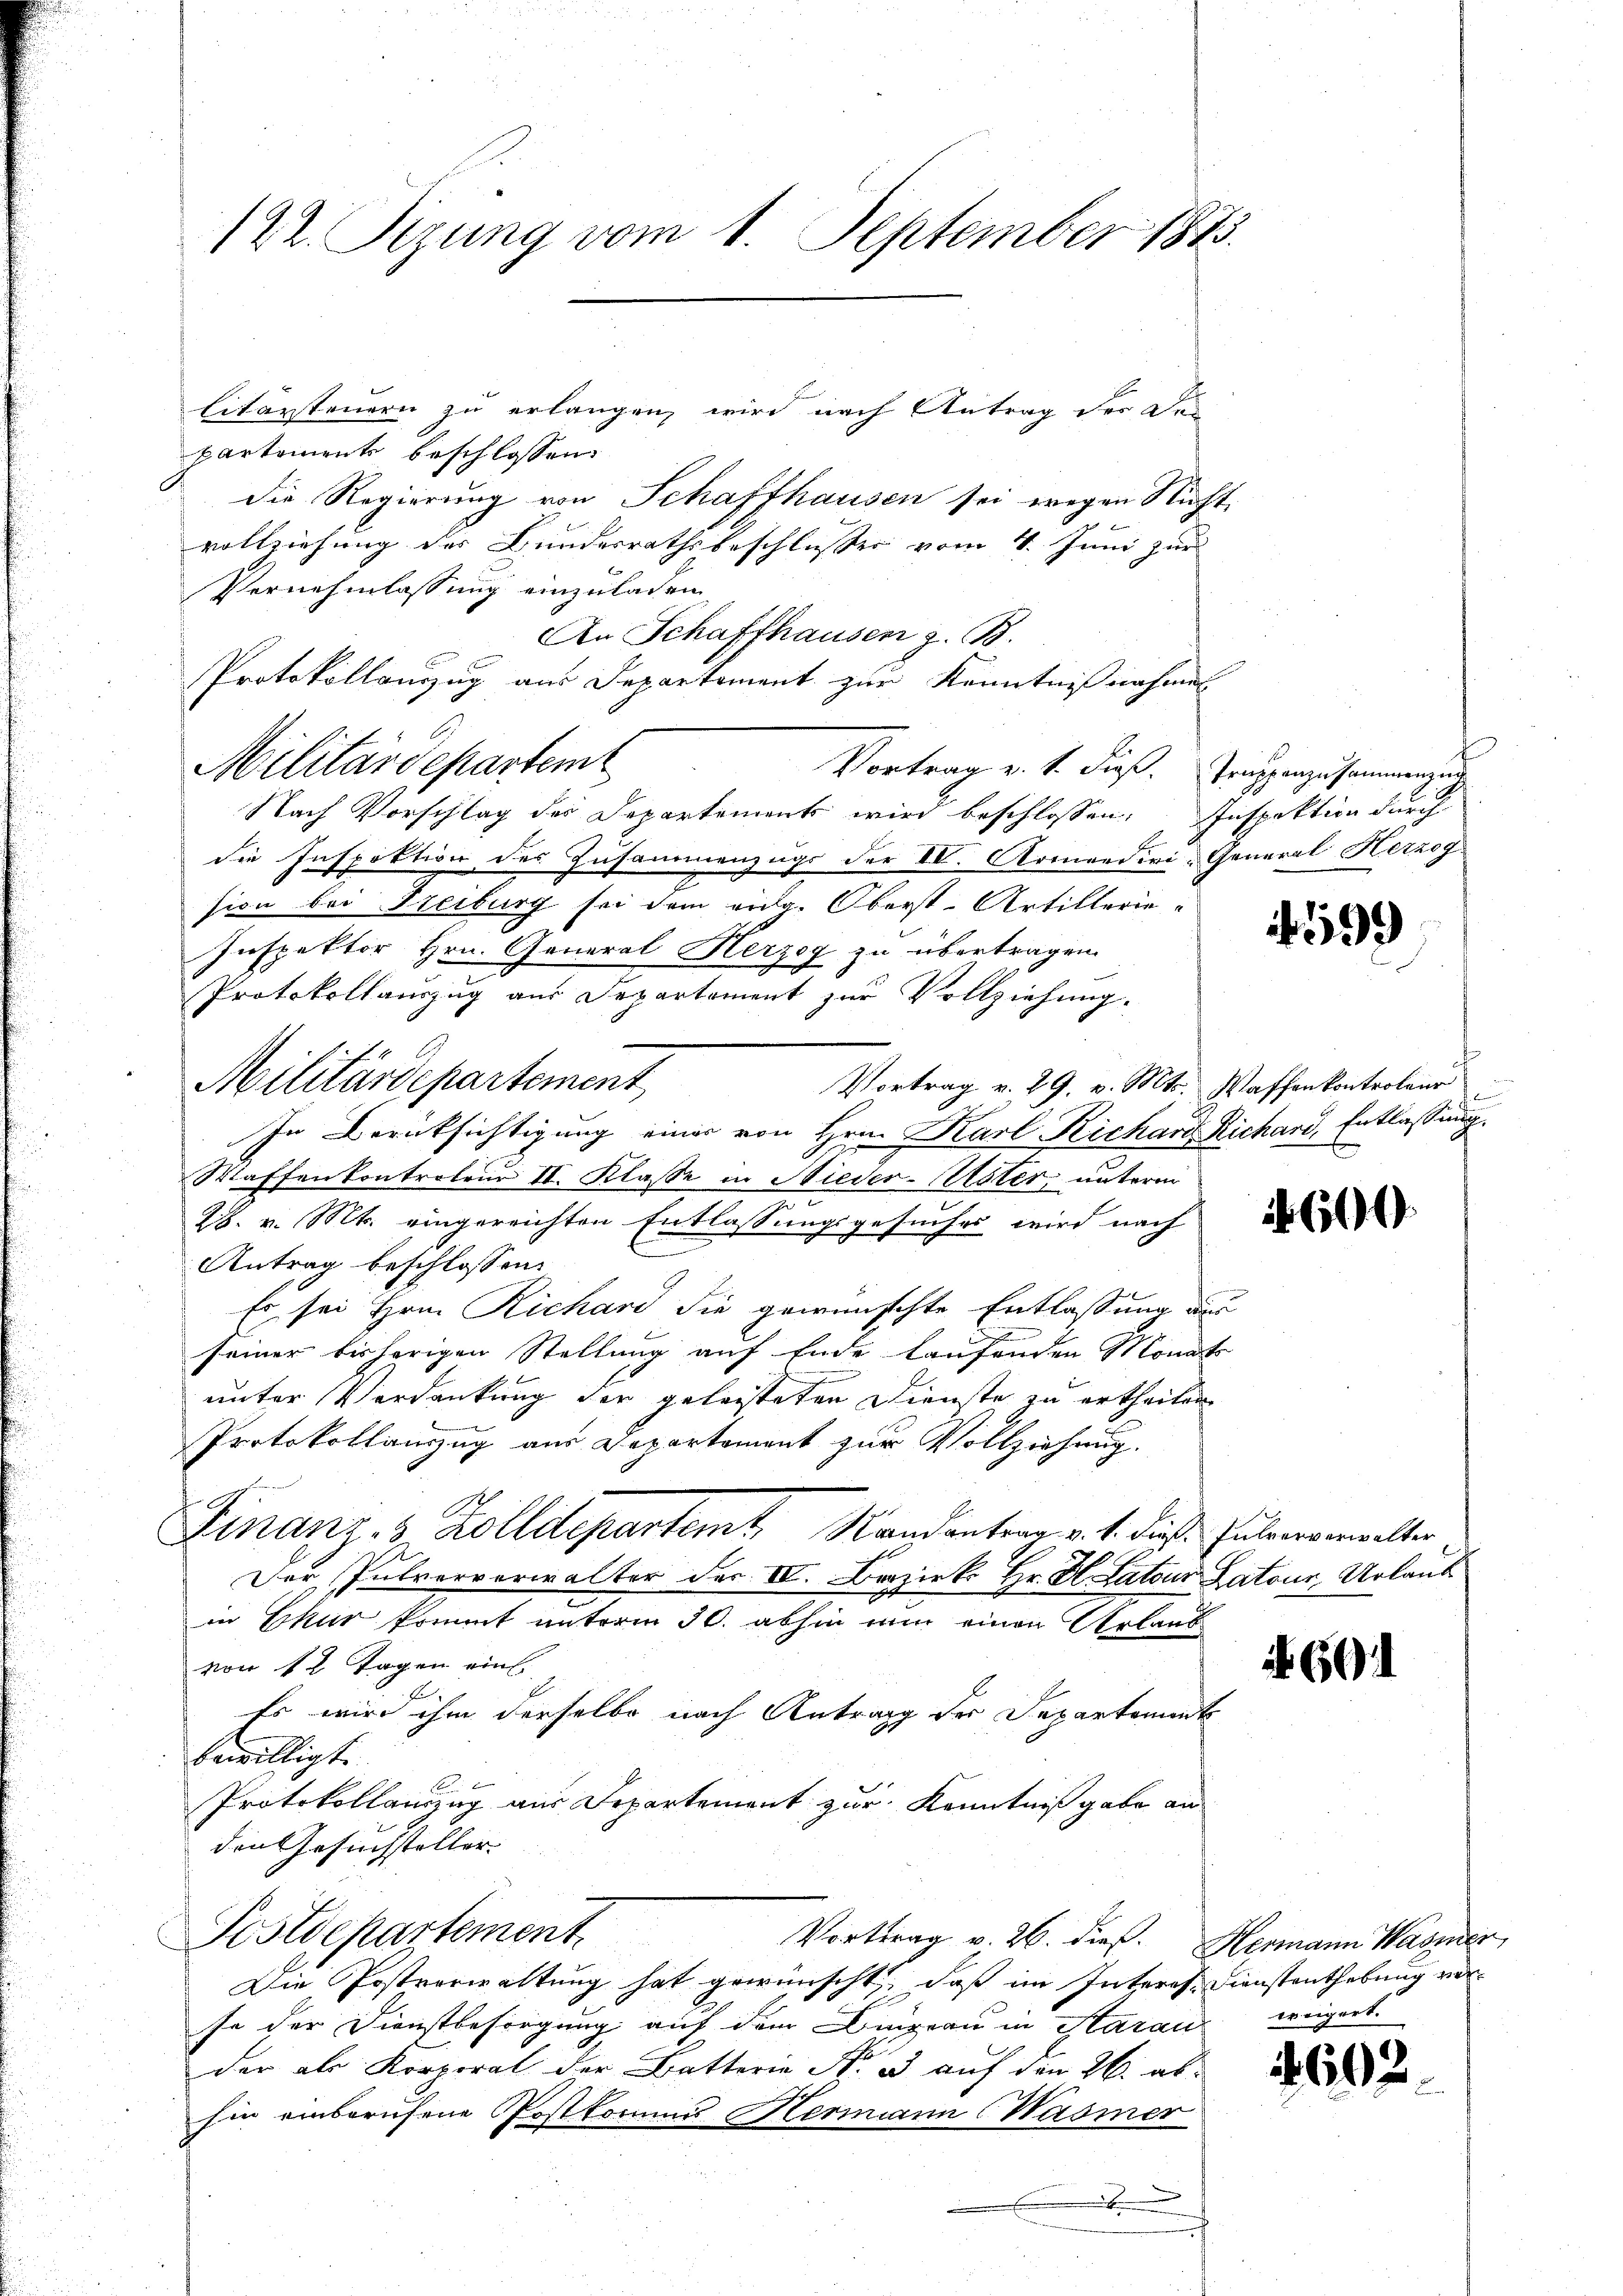
122. Sizung vom 1. September 1815.

litarsteuern zu erlangen, wird nach Antrag der Dei
partements beschlossen:
die Regierung von Schaffhausen sei wegen Nicht
vollziehung des Bundesrathsbeschlusser vom 4. Juni zur
Vernehmlassung einzuladen.
An Schaffhausen z. B.
Protokollanzug aus Departement zur Kenntnißnahmen
Militärdepartem
Vortrag v. 1. Fuß. Truppenzusammenzug
Nach Vorschlag des Departements wird beschlossen, Inspektion durch
die Inspektion des Zusammenzugs der IV. Armendiei-General Herzog
sion bei Freiburg sei dem eidg. Oberst-Artillerie-
Inspektor Hrn. General Herzog zu übertragen.
Protokollauszug aus Departement zur Vollziehung.
Vortrag v. 29. v. Mts. Waffenkontroleur
In Berücksichtigung einer von Hrn. Karl Richard Richard, Entlaßung
Waffenkontroleur II. Klasse in Nieder-Uster, unterm
28. v. Mts. eingereichten Entlassungsgesuches wird nach
Antrag beschlossen:
Es sei Hrn. Richard die gewünschte Entlassung aus
seiner bisherigen Stellung auf Ende laufenden Monats
unter Verdankung der geleisteten Dienste zu ertheilen
Protokollauszug aus Departement zur Vollziehung.
Finanz- 3 Zolldepartem Randantrag v. 1. diese Zulensverwalter
Der Pulververwalter der IV. Bezirk Hr. H. Latour Latone Urlaub
in Chur krinnt unterm 30. abhin nun einen Urlaub
von 12 Tagen ein.
Es wird ihm derselbe nach Antrag der Departement
bewilligt.
Protokollanzug aus Departement zur Kenntniß gabe an
den Gesuchsteller.
Postdepartement.
Vortrag v. 26. dieß. Hermann Wasner
Die Postverwaltung hat gewünscht, daß im Interes. Dienstenthebung vorse der Dienstbesorgung auf dem Bingern in Starau weigert.
der als Korporat der Batterie No. 3 auf den 26. ab-
hin einberufene Postkommes Hermann (Wasmer
5

Militärdepartement

199

600.

691

602